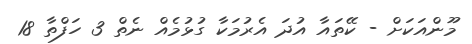
މޫންއަކަށް - ކޭތައާ އުދަ އެރުމަކާ ގުޅުމެއް ނެތް 3 ހަފްތާ 18